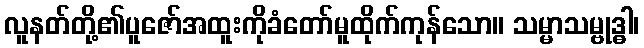
လူနတ်တို့၏ပူဇော်အထူးကိုခံတော်မူထိုက်ကုန်သော။ သမ္မာသမ္ဗုဒ္ဓါ၊